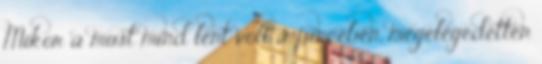
Mikor a must mind lent volt a pincében, megelégedetten